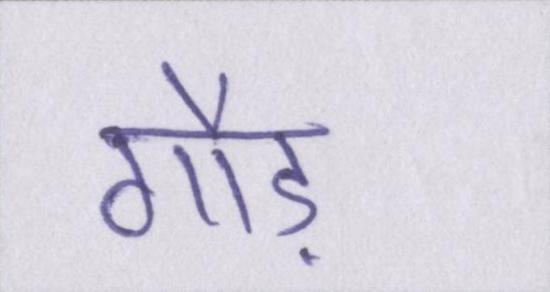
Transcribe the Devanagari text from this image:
गौड़